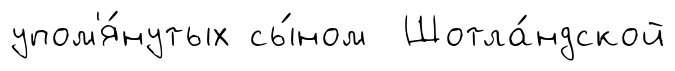
упом'я́нутых сы́ном Шотла́ндской